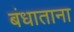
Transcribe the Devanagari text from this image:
बंधाताना